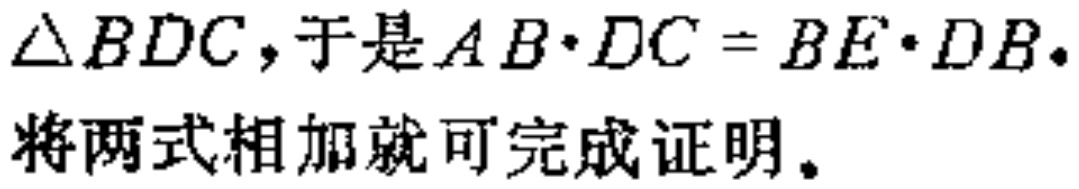
$\triangle BDC，于是AB\cdot DC = BE\cdot DB。$
将两式相加就可完成证明。